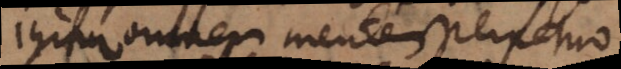
igitur omnem mentem perpetuo